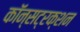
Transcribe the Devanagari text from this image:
कॉन्सट्रक्शन